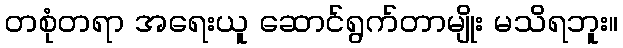
တစုံတရာ အရေးယူ ဆောင်ရွက်တာမျိုး မသိရဘူး။